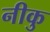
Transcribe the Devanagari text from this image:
नीकु